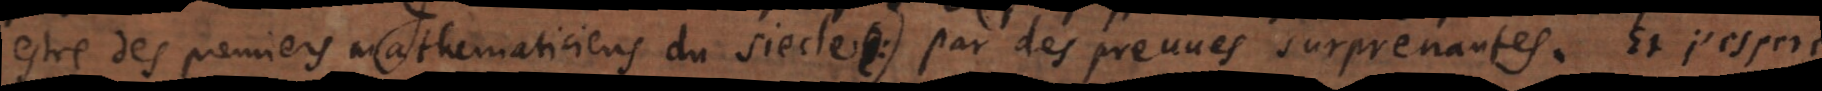
estre des premiers mathematiciens du siecle) par des preuves surprenantes. Et j’espere